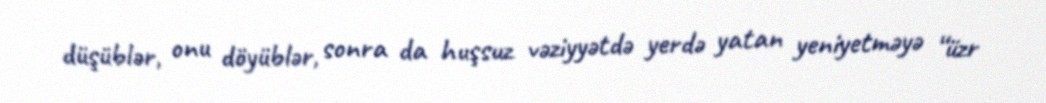
düşüblər, onu döyüblər, sonra da huşsuz vəziyyətdə yerdə yatan yeniyetməyə “üzr